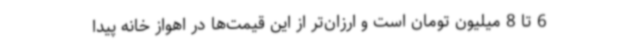
6 تا 8 میلیون تومان است و ارزان‌تر از این قیمت‌ها در اهواز خانه پیدا